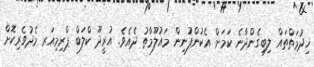
ޚިދުމަތްތައް ލިބިގެންދާނެ ކަމަށް އެކުންފުނިން މައުލޫމާތު ދެއެވެ. އުރީދޫ ކްލަބް ޕްރިމިއަރ މެދުވެރިކޮށް